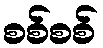
စစ်စစ်